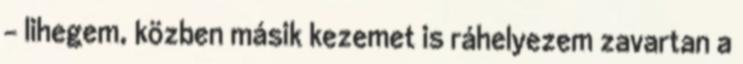
- lihegem, közben másik kezemet is ráhelyezem zavartan a